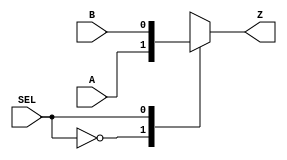
`timescale 1ns / 1ps
//////////////////////////////////////////////////////////////////////////////////
// Company: 
// Engineer: 
// 
// Design Name: 
// Module Name: mux21
// Project Name: 
// Target Devices: 
// Tool Versions: 
// Description: 
// 
// Dependencies: 
// 
// Revision:
// Revision 0.01 - File Created
// Additional Comments:
// 
//////////////////////////////////////////////////////////////////////////////////


module mux21(A, B, SEL, Z);
input A, B, SEL;
output Z;
reg Z;

always @(A, B, SEL)
    begin
        case (SEL)
        1'b0: Z = A;
        1'b1: Z = B; 
        default: Z = 0;
        endcase
    end
endmodule